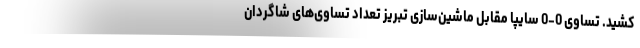
کشید. تساوی 0-0 سایپا مقابل ماشین‌سازی تبریز تعداد تساوی‌های شاگردان